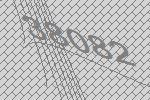
38082